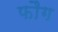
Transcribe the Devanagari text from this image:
फौग